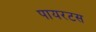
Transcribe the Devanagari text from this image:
पायरटस